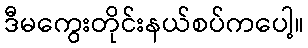
ဒီမကွေးတိုင်းနယ်စပ်ကပေါ့။